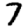
Digit: 7